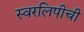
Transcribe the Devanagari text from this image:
स्वरलिपीची